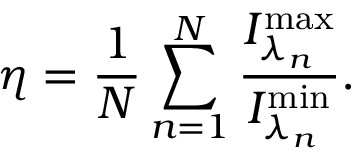
\eta = \frac { 1 } { N } \sum _ { n = 1 } ^ { N } \frac { I _ { \lambda _ { n } } ^ { \mathrm { m a x } } } { I _ { \lambda _ { n } } ^ { \mathrm { m i n } } } .